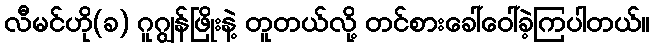
လီမင်ဟို(ခ) ဂူဂျွန်ဖြိုးနဲ့ တူတယ်လို့ တင်စားခေါ်ဝေါ်ခဲ့ကြပါတယ်။